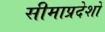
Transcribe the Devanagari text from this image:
सीमाप्रदेशों